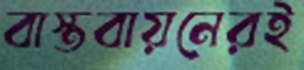
বাস্তবায়নেরই